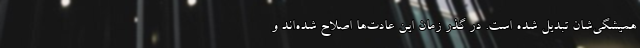
همیشگی‌شان تبدیل شده است. در گذر زمان این عادت‌ها اصلاح شده‌اند و